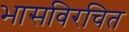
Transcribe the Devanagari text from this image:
भासविरचित